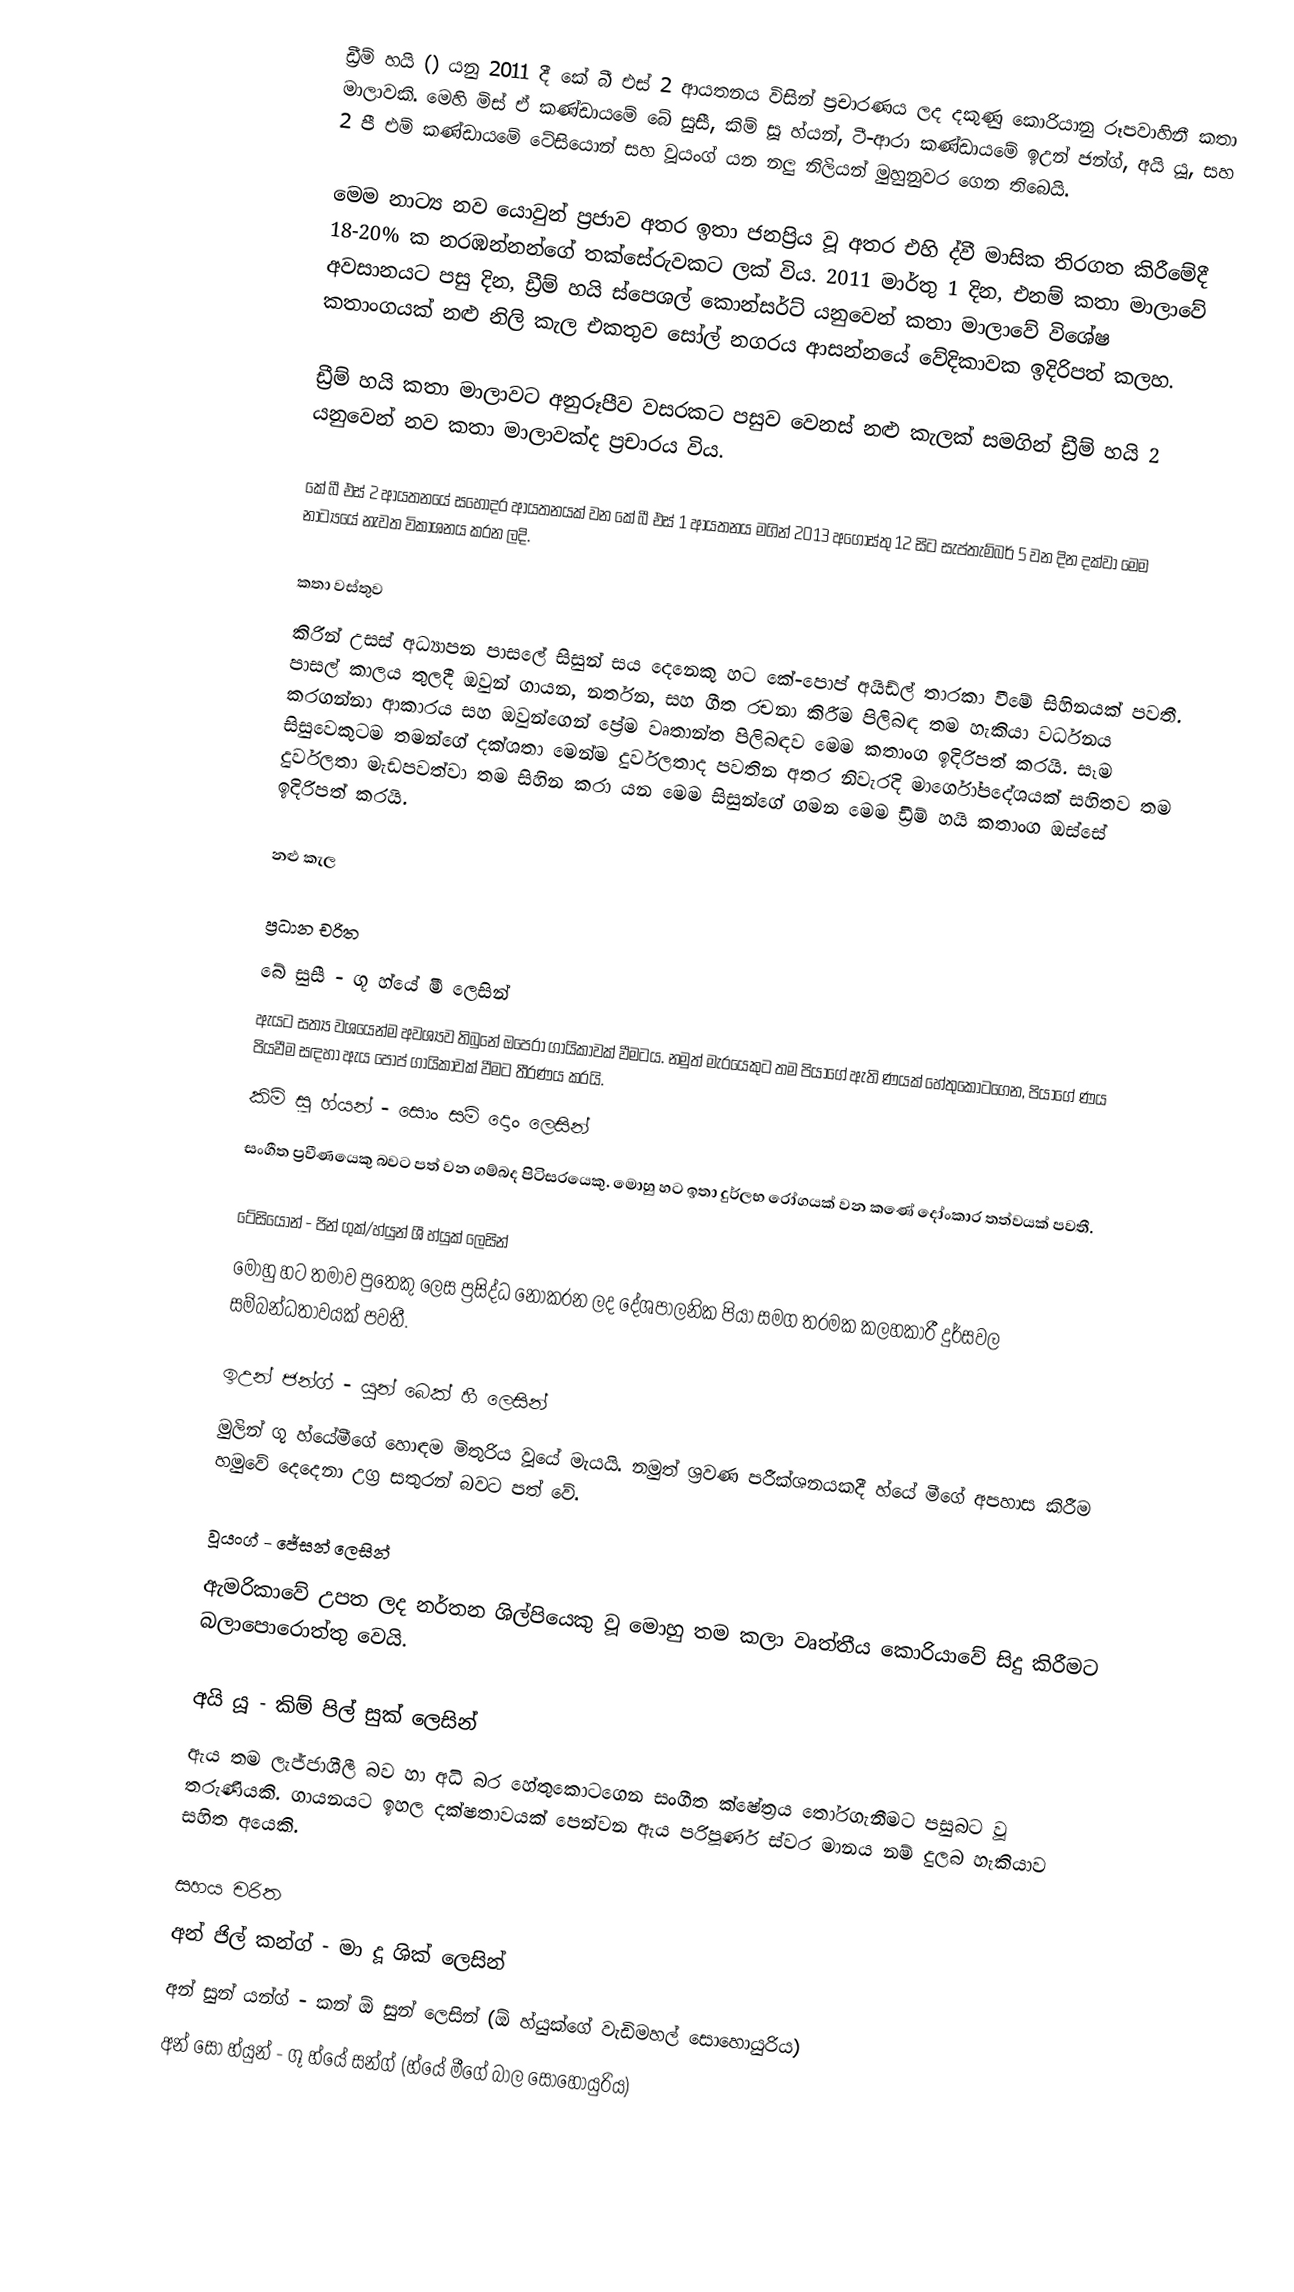
ඩ්‍රීම් හයි () යනු 2011 දී කේ බී එස් 2 ආයතනය විසින් ප්‍රචාරණය ලද දකුණු කොරියානු රූපවාහිනී කතා මාලාවකි. මෙහි මිස් ඒ කණ්ඩායමේ බේ සුසී, කිම් සූ හ්යන්, ටී-ආරා කණ්ඩායමේ ඉඋන් ජන්ග්, අයි යූ, සහ 2 පී එම් කණ්ඩායමේ ටේසියොන් සහ වූයංග් යන නලු නිලියන් මුහුනුවර ගෙන තිබෙයි.

මෙම නාට්‍ය නව යොවුන් ප්‍රජාව අතර ඉතා ජනප්‍රිය වූ අතර එහි ද්වී මාසික තිරගත කිරීමේදී 18-20% ක නරඹන්නන්ගේ තක්සේරුවකට ලක් විය. 2011 මාර්තු 1 දින, එනම් කතා මාලාවේ අවසානයට පසු දින, ඩ්‍රීම් හයි ස්පෙශල් කොන්සර්ට් යනුවෙන් කතා මාලාවේ විශේෂ කතාංගයක් නළු නිලි කැල එකතුව සෝල් නගරය ආසන්නයේ වේදිකාවක ඉදිරිපත් කලහ.

ඩ්‍රීම් හයි කතා මාලාවට අනුරූපීව වසරකට පසුව වෙනස් නළු කැලක් සමගින් ඩ්‍රීම් හයි 2 යනුවෙන් නව කතා මාලාවක්ද ප්‍රචාරය විය.

කේ බී එස් 2 ආයතනයේ සහෝදර ආයතනයක් වන කේ බී එස් 1 ආයතනය මගින් 2013 අගෝස්තු 12 සිට සැප්තැම්බර් 5 වන දින දක්වා මෙම නාට්‍යයේ නැවත විකාශනය කරන ලදි.

කතා වස්තුව
කිරින් උසස් අධ්‍යාපන පාසලේ සිසුන් සය දෙනෙකු හට කේ-පොප් අයිඩ්ල් තාරකා වීමේ සිහිනයක් පවතී. පාසල් කාලය තුලදී ඔවුන් ගායන, නර්තන, සහ ගීත රචනා කිරීම පිලිබඳ තම හැකියා වර්ධනය කරගන්නා ආකාරය සහ ඔවුන්ගෙන් ප්‍රේම වෘතාන්ත පිලිබඳව මෙම කතාංග ඉදිරිපත් කරයි. සෑම සිසුවෙකුටම තමන්ගේ දක්ශතා මෙන්ම දුර්වලතාද පවතින අතර නිවැරදි මාර්ගෝපදේශයක් සහිතව තම දුර්වලතා මැඩපවත්වා තම සිහින කරා යන මෙම සිසුන්ගේ ගමන මෙම ඩ්‍රීම් හයි කතාංග ඔස්සේ ඉදිරිපත් කරයි.

නළු කැල

ප්‍රධාන චරිත
බේ සුසී - ගූ හ්යේ මී ලෙසින්
ඇයට සත්‍ය වශයෙන්ම අවශ්‍යව තිබුනේ ඔපෙරා ගායිකාවක් වීමටය. නමුත් මැරයෙකුට තම පියාගේ ඇති ණයක් හේතුකොටගෙන, පියාගේ ණය පියවීම සඳහා ඇය පොප් ගායිකාවක් වීමට තීරණය කරයි.
කිම් සූ හ්යන් - සොං සම් දොං ලෙසින්
සංගීත ප්‍රවීණයෙකු බවට පත් වන ගම්බද පිටිසරයෙකු. මොහු හට ඉතා දුර්ලභ රෝගයක් වන කණේ දෝංකාර තත්වයක් පවතී.

ටේසියොන් - ජින් ගුක්/හ්යුන් ශී හ්යුක් ලෙසින්
මොහු හට තමාව පුතෙකු ලෙස ප්‍රසිද්ධ නොකරන ලද දේශපාලනික පියා සමග තරමක කලහකාරී දුර්සවල සම්බන්ධතාවයක් පවතී.

ඉඋන් ජන්ග් - යුන් බෙක් හී ලෙසින්
මුලින් ගූ හ්යේමීගේ හොඳම මිතුරිය වූයේ මැයයි. නමුත් ශ්‍රවණ පරීක්ශනයකදී හ්යේ මීගේ අපහාස කිරීම හමුවේ දෙදෙනා උග්‍ර සතුරන් බවට පත් වේ.

වූයංග් - ජේසන් ලෙසින්
ඇමරිකාවේ උපත ලද නර්තන ශිල්පියෙකු වූ මොහු තම කලා වෘත්තීය කොරියාවේ සිදු කිරීමට බලාපොරොත්තු වෙයි.

අයි යූ - කිම් පිල් සුක් ලෙසින්
ඇය තම ලැජ්ජාශීලී බව හා අධි බර හේතුකොටගෙන සංගීත ක්ෂේත්‍රය තෝරගැනීමට පසුබට වූ තරුණියකි. ගායනයට ඉහල දක්ෂතාවයක් පෙන්වන ඇය පරිපූර්ණ ස්වර මානය නම් දුලබ හැකියාව සහිත අයෙකි.

සහය චරිත
අන් ජිල් කන්ග් - මා දූ ශික් ලෙසින්
අන් සුන් යන්ග් - කන් ඕ සුන් ලෙසින් (ඕ හ්යුක්ගේ වැඩිමහල් සොහොයුරිය)
අන් සෝ හ්යුන් - ගූ හ්යේ සන්ග් (හ්යේ මීගේ බාල සොහොයුරිය)